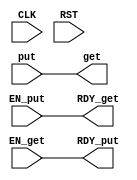
module PutInverter(CLK,
		  RST,
		  put,
		  EN_put,
		  RDY_put,
		  get,
		  EN_get,
		  RDY_get
		  );
   parameter DATA_WIDTH = 1;
   input CLK;
   input RST;
   output [DATA_WIDTH-1 : 0] get;
   input  [DATA_WIDTH-1 : 0] put;
   input 		   EN_get;
   input 		   EN_put;
   output 		   RDY_get;
   output 		   RDY_put;
   assign get = put;
   assign RDY_get = EN_put;
   assign RDY_put = EN_get;
endmodule